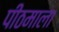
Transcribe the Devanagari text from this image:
पीठमाला